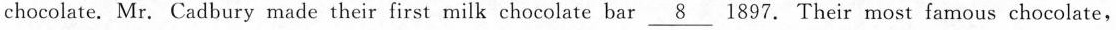
chocolate. Mr. Cadbury made their first milk chocolate bar \underline{8} 1897. Their most famous chocolate,